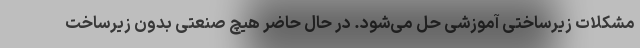
مشکلات زیرساختی آموزشی حل می‌شود. در حال حاضر هیچ صنعتی بدون زیرساخت